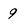
Character: q